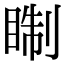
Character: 𥇕